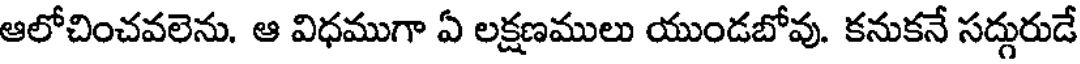
ఆలోచించవలెను. ఆ విధముగా ఏ లక్షణములు యుండబోవు. కనుకనే సద్గురుడే